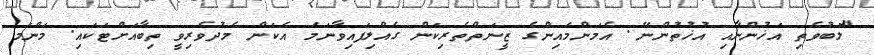
"ލޮބުވެތި އަޚުންނާއި އުޚުތުންނޭ. އެމަންމައިންގެ ޒީނަތްތެރިކަން ގެއްލިފައިވާނަމަ އެކަން މެދުވެރިވީ ތިބާއަށްޓަކައި. މަންމަ